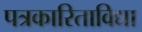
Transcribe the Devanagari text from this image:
पत्रकारिताविद्या